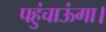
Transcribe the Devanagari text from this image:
पहुंचाऊंगा।